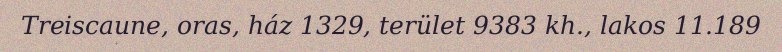
Treiscaune, oras, ház 1329, terület 9383 kh., lakos 11.189